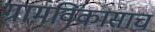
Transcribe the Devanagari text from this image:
ग्रामविकासाच